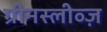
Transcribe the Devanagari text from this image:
ग्रीनस्लीव्ज़